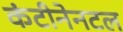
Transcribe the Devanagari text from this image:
कंटीनेनटल